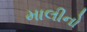
માલીનો